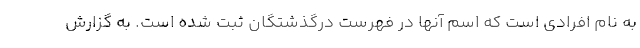
به نام افرادی است که اسم آنها در فهرست درگذشتگان ثبت شده است. به گزارش